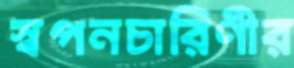
স্বপনচারিণীর